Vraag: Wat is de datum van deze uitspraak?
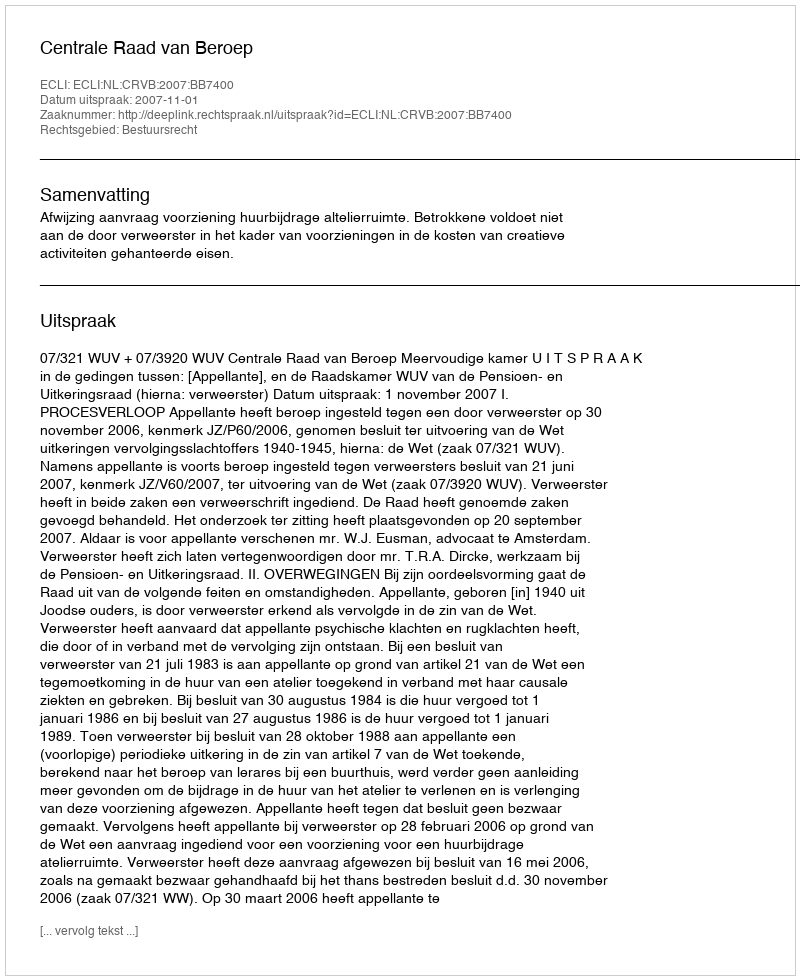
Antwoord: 2007-11-01